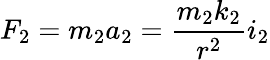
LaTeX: F_{2}=m_{2}a_{2}={\frac{m_{2}k_{2}}{r^{2}}}i_{2}